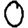
Digit: 0